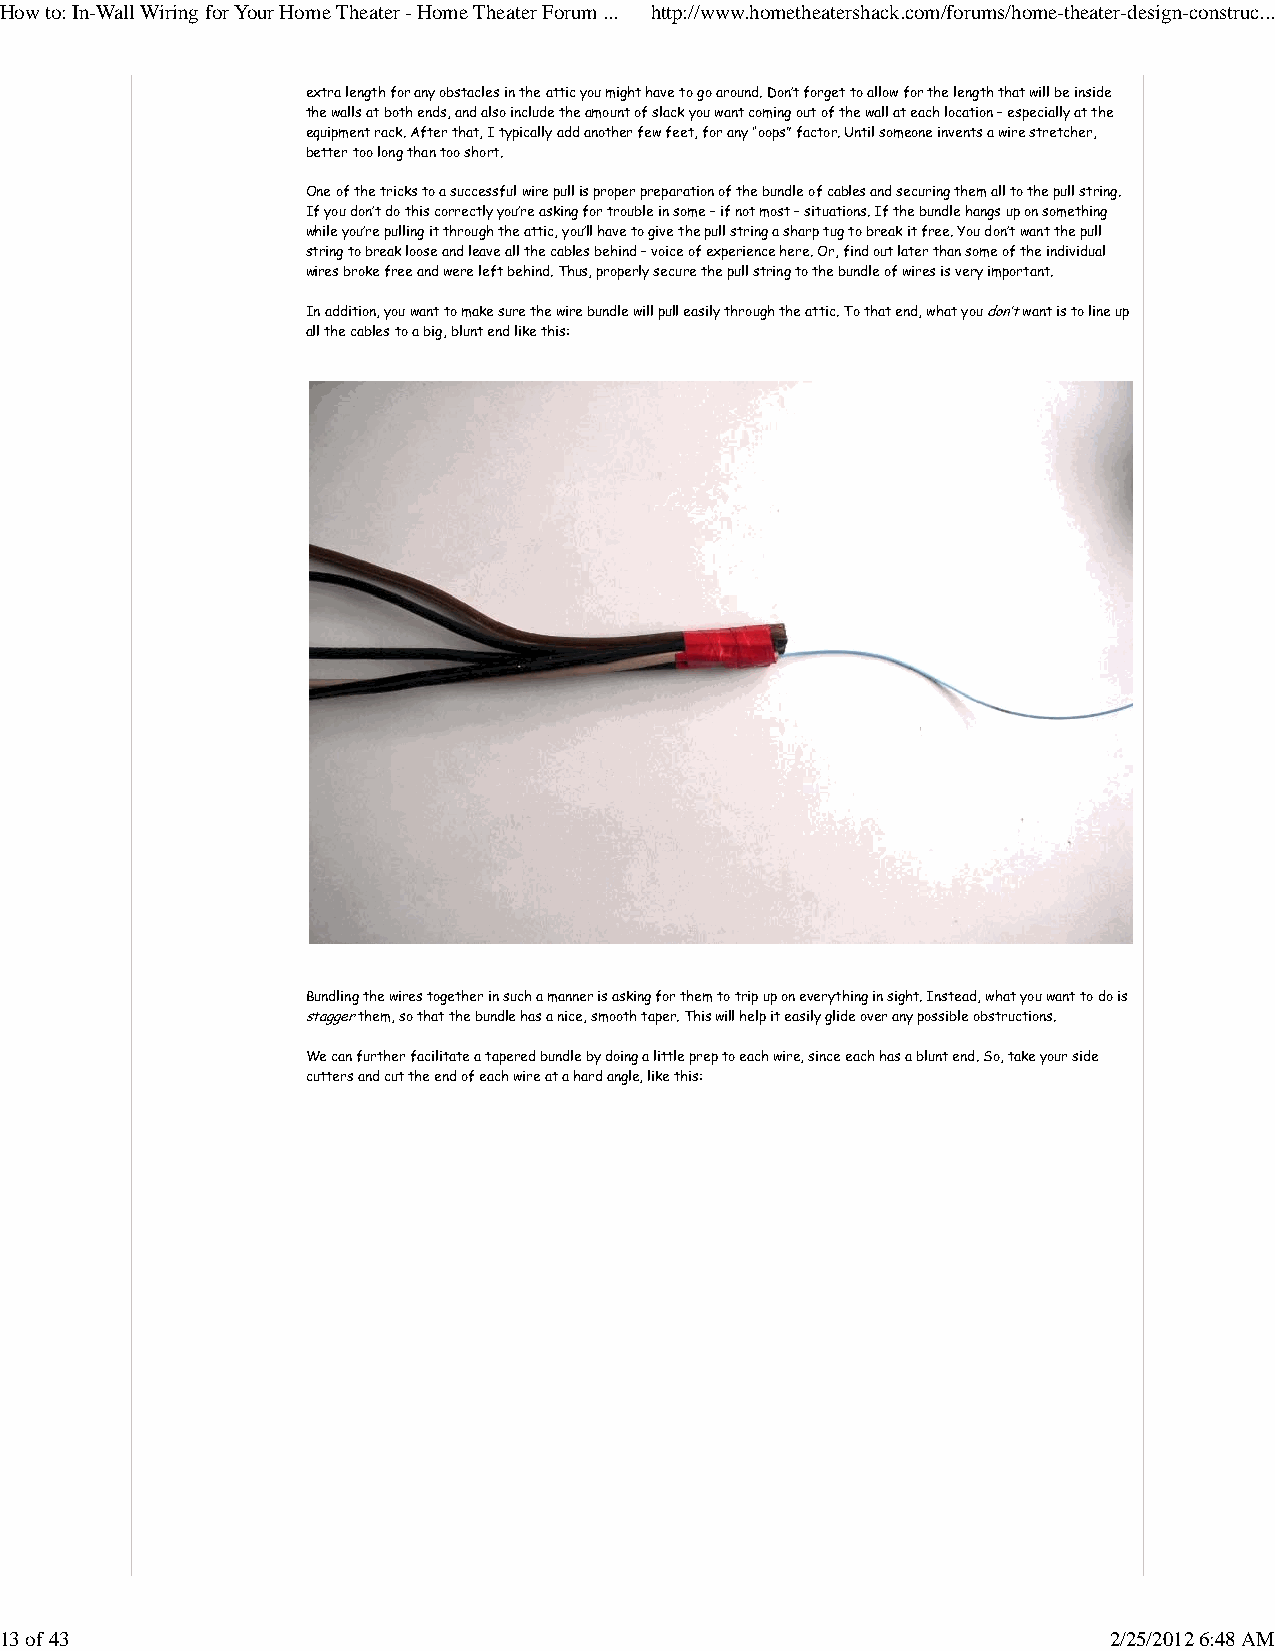
How to: In-Wall Wiring for Your Home Theater - Home Theater Forum ... http://www.hometheatershack.com/forums/home-theater-design-construc...
 extra length for any obstacles in the attic you might have to go around. Don’t forget to allow for the length that will be inside
 the walls at both ends, and also include the amount of slack you want coming out of the wall at each location – especially at the
 equipment rack. After that, I typically add another few feet, for any “oops” factor. Until someone invents a wire stretcher,
 better too long than too short.
 One of the tricks to a successful wire pull is proper preparation of the bundle of cables and securing them all to the pull string.
 If you don’t do this correctly you’re asking for trouble in some – if not most – situations. If the bundle hangs up on something
 while you’re pulling it through the attic, you’ll have to give the pull string a sharp tug to break it free. You don’t want the pull
 string to break loose and leave all the cables behind – voice of experience here. Or, find out later than some of the individual
 wires broke free and were left behind. Thus, properly secure the pull string to the bundle of wires is very important.
 In addition, you want to make sure the wire bundle will pull easily through the attic. To that end, what you don’t want is to line up
 all the cables to a big, blunt end like this:
 Bundling the wires together in such a manner is asking for them to trip up on everything in sight. Instead, what you want to do is
 stagger them, so that the bundle has a nice, smooth taper. This will help it easily glide over any possible obstructions.
 We can further facilitate a tapered bundle by doing a little prep to each wire, since each has a blunt end. So, take your side
 cutters and cut the end of each wire at a hard angle, like this:
 13 of 43                                                                 2/25/2012 6:48 AM